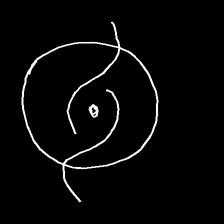
Glyph: repetition